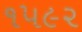
૧૫૯૨